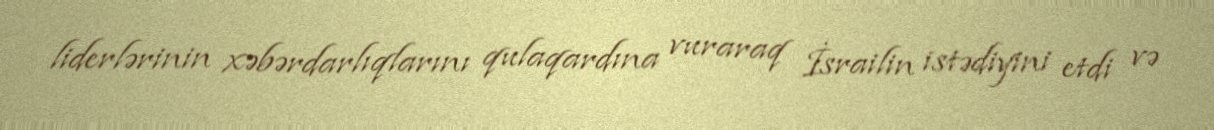
liderlərinin xəbərdarlıqlarını qulaqardına vuraraq İsrailin istədiyini etdi və